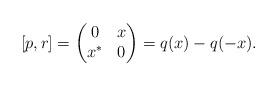
LaTeX: \begin{align*}[p,r]=\begin{pmatrix}0 & x\\x^* & 0\end{pmatrix}=q(x)-q(-x). \end{align*}